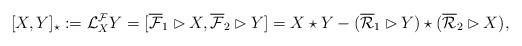
LaTeX: \begin{align*} [X,Y]_\star:=\mathcal{L}^\mathcal{F}_XY =[\overline{\mathcal{F}}_1\rhd X,\overline{\mathcal{F}}_2\rhd Y] =X\star Y-(\overline{\mathcal{R}}_1\rhd Y)\star(\overline{\mathcal{R}}_2\rhd X),\end{align*}